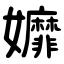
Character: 孊